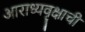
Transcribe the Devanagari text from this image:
आराध्यवृक्षाची